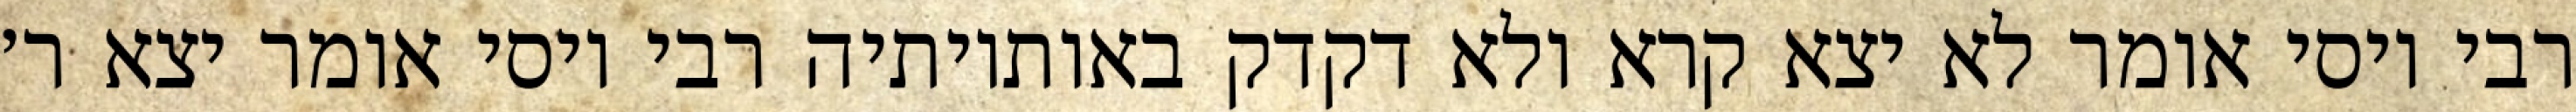
רבי יוסי אומר לא יצא קרא ולא דקדק באותיותיה רבי יוסי אומר יצא ר׳